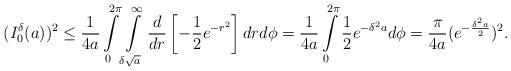
LaTeX: \begin{align*}(I_0^\delta(a))^2 &\leq \frac{1}{4a} \int\limits_{0}^{2\pi} \int\limits_{\delta \sqrt{a}}^{\infty} \frac{d}{dr}\left[-\frac{1}{2}e^{-r^2}\right] dr d\phi =\frac{1}{4a} \int\limits_{0}^{2\pi} \frac{1}{2}e^{-\delta^2a} d\phi = \frac{\pi}{4a}(e^{-\frac{\delta^2a}{2}})^2.\end{align*}